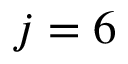
j = 6